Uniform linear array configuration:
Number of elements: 12
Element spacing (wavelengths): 1
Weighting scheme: kaiser
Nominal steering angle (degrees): -30
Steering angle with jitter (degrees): -28.06
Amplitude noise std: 0.05
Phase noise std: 0.05

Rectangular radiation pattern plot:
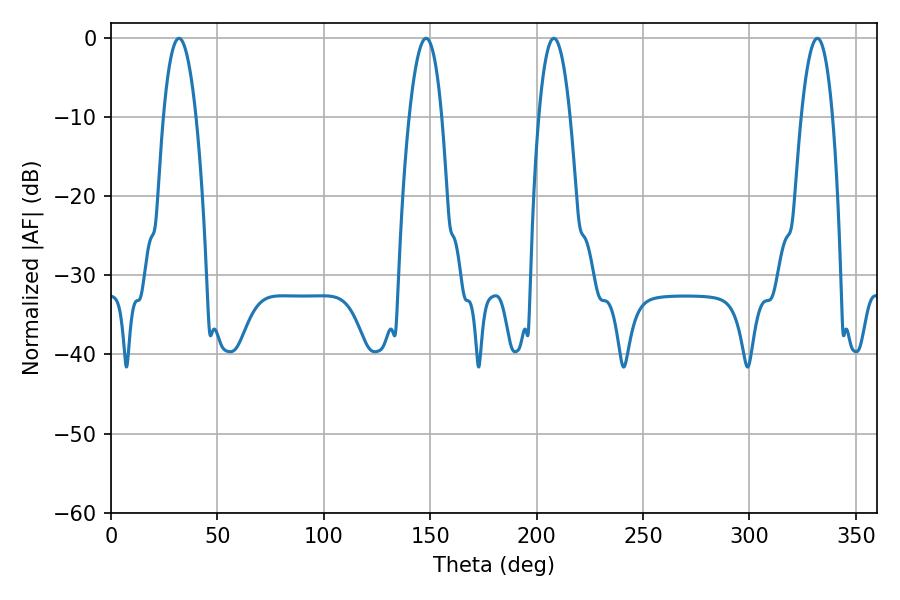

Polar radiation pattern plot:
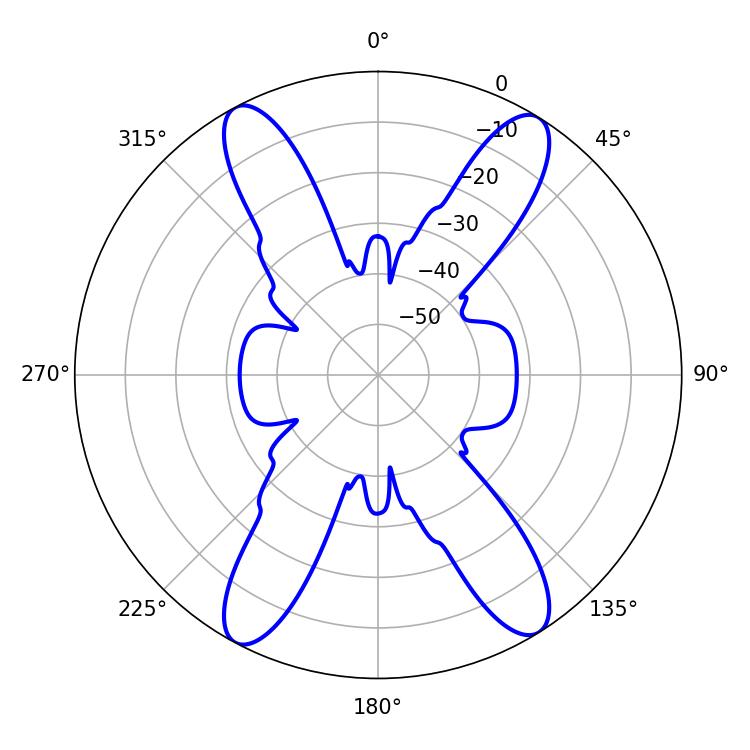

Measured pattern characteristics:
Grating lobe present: TRUE
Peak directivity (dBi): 19.196
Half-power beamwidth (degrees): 8.1
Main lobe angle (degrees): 208.08